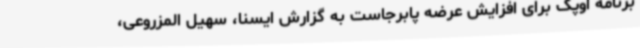
برنامه اوپک برای افزایش عرضه پابرجاست به گزارش ایسنا، سهیل المزروعی،